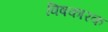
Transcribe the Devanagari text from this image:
विषकारक